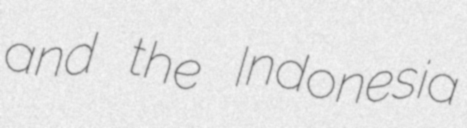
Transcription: and the Indonesia